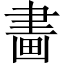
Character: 畵